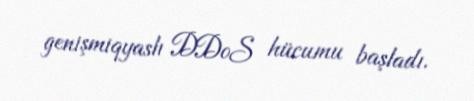
genişmiqyaslı DDoS hücumu başladı.